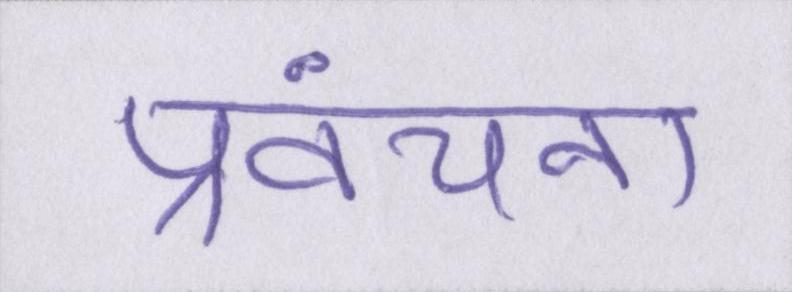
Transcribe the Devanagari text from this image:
प्रवंचना